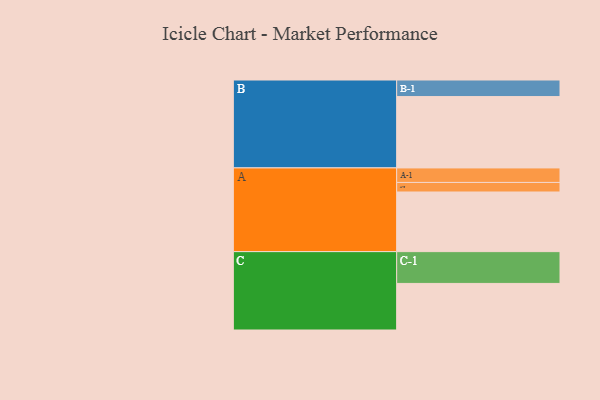
{"axis": {"x": "Segment", "y": "Value"}, "legend": ["", "A", "B", "C"], "data": [{"x": "A", "y": 493, "type": ""}, {"x": "B", "y": 590, "type": ""}, {"x": "C", "y": 385, "type": ""}, {"x": "A-1", "y": 120, "type": "A"}, {"x": "A-2", "y": 79, "type": "A"}, {"x": "B-1", "y": 137, "type": "B"}, {"x": "C-1", "y": 263, "type": "C"}]}